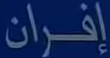
إفران